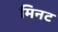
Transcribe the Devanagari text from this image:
मिनट